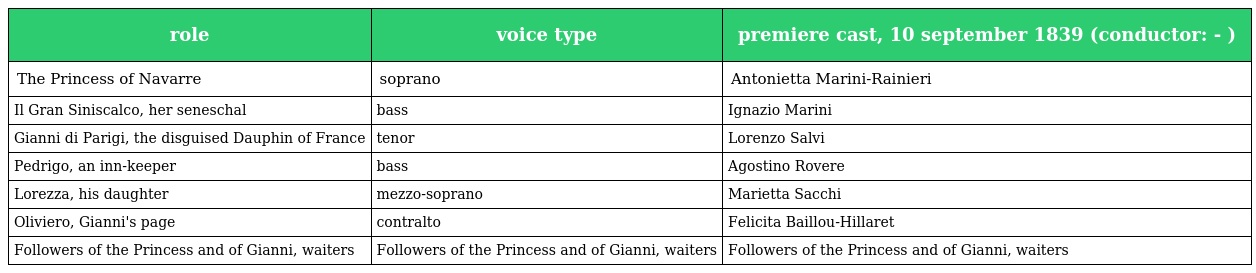
| role | voice type | premiere cast, 10 september 1839 (conductor: - ) |
 | --- | --- | --- |
 | The Princess of Navarre | soprano | Antonietta Marini-Rainieri |
 | Il Gran Siniscalco, her seneschal | bass | Ignazio Marini |
 | Gianni di Parigi, the disguised Dauphin of France | tenor | Lorenzo Salvi |
 | Pedrigo, an inn-keeper | bass | Agostino Rovere |
 | Lorezza, his daughter | mezzo-soprano | Marietta Sacchi |
 | Oliviero, Gianni's page | contralto | Felicita Baillou-Hillaret |
 | Followers of the Princess and of Gianni, waiters | Followers of the Princess and of Gianni, waiters | Followers of the Princess and of Gianni, waiters |